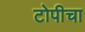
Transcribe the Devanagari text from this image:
टोपीचा